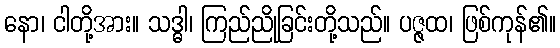
နော၊ ငါတို့အား။ သဒ္ဓါ၊ ကြည်ညိုခြင်းတို့သည်။ ပဇ္ဇထ၊ ဖြစ်ကုန်၏။